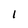
Character: 1